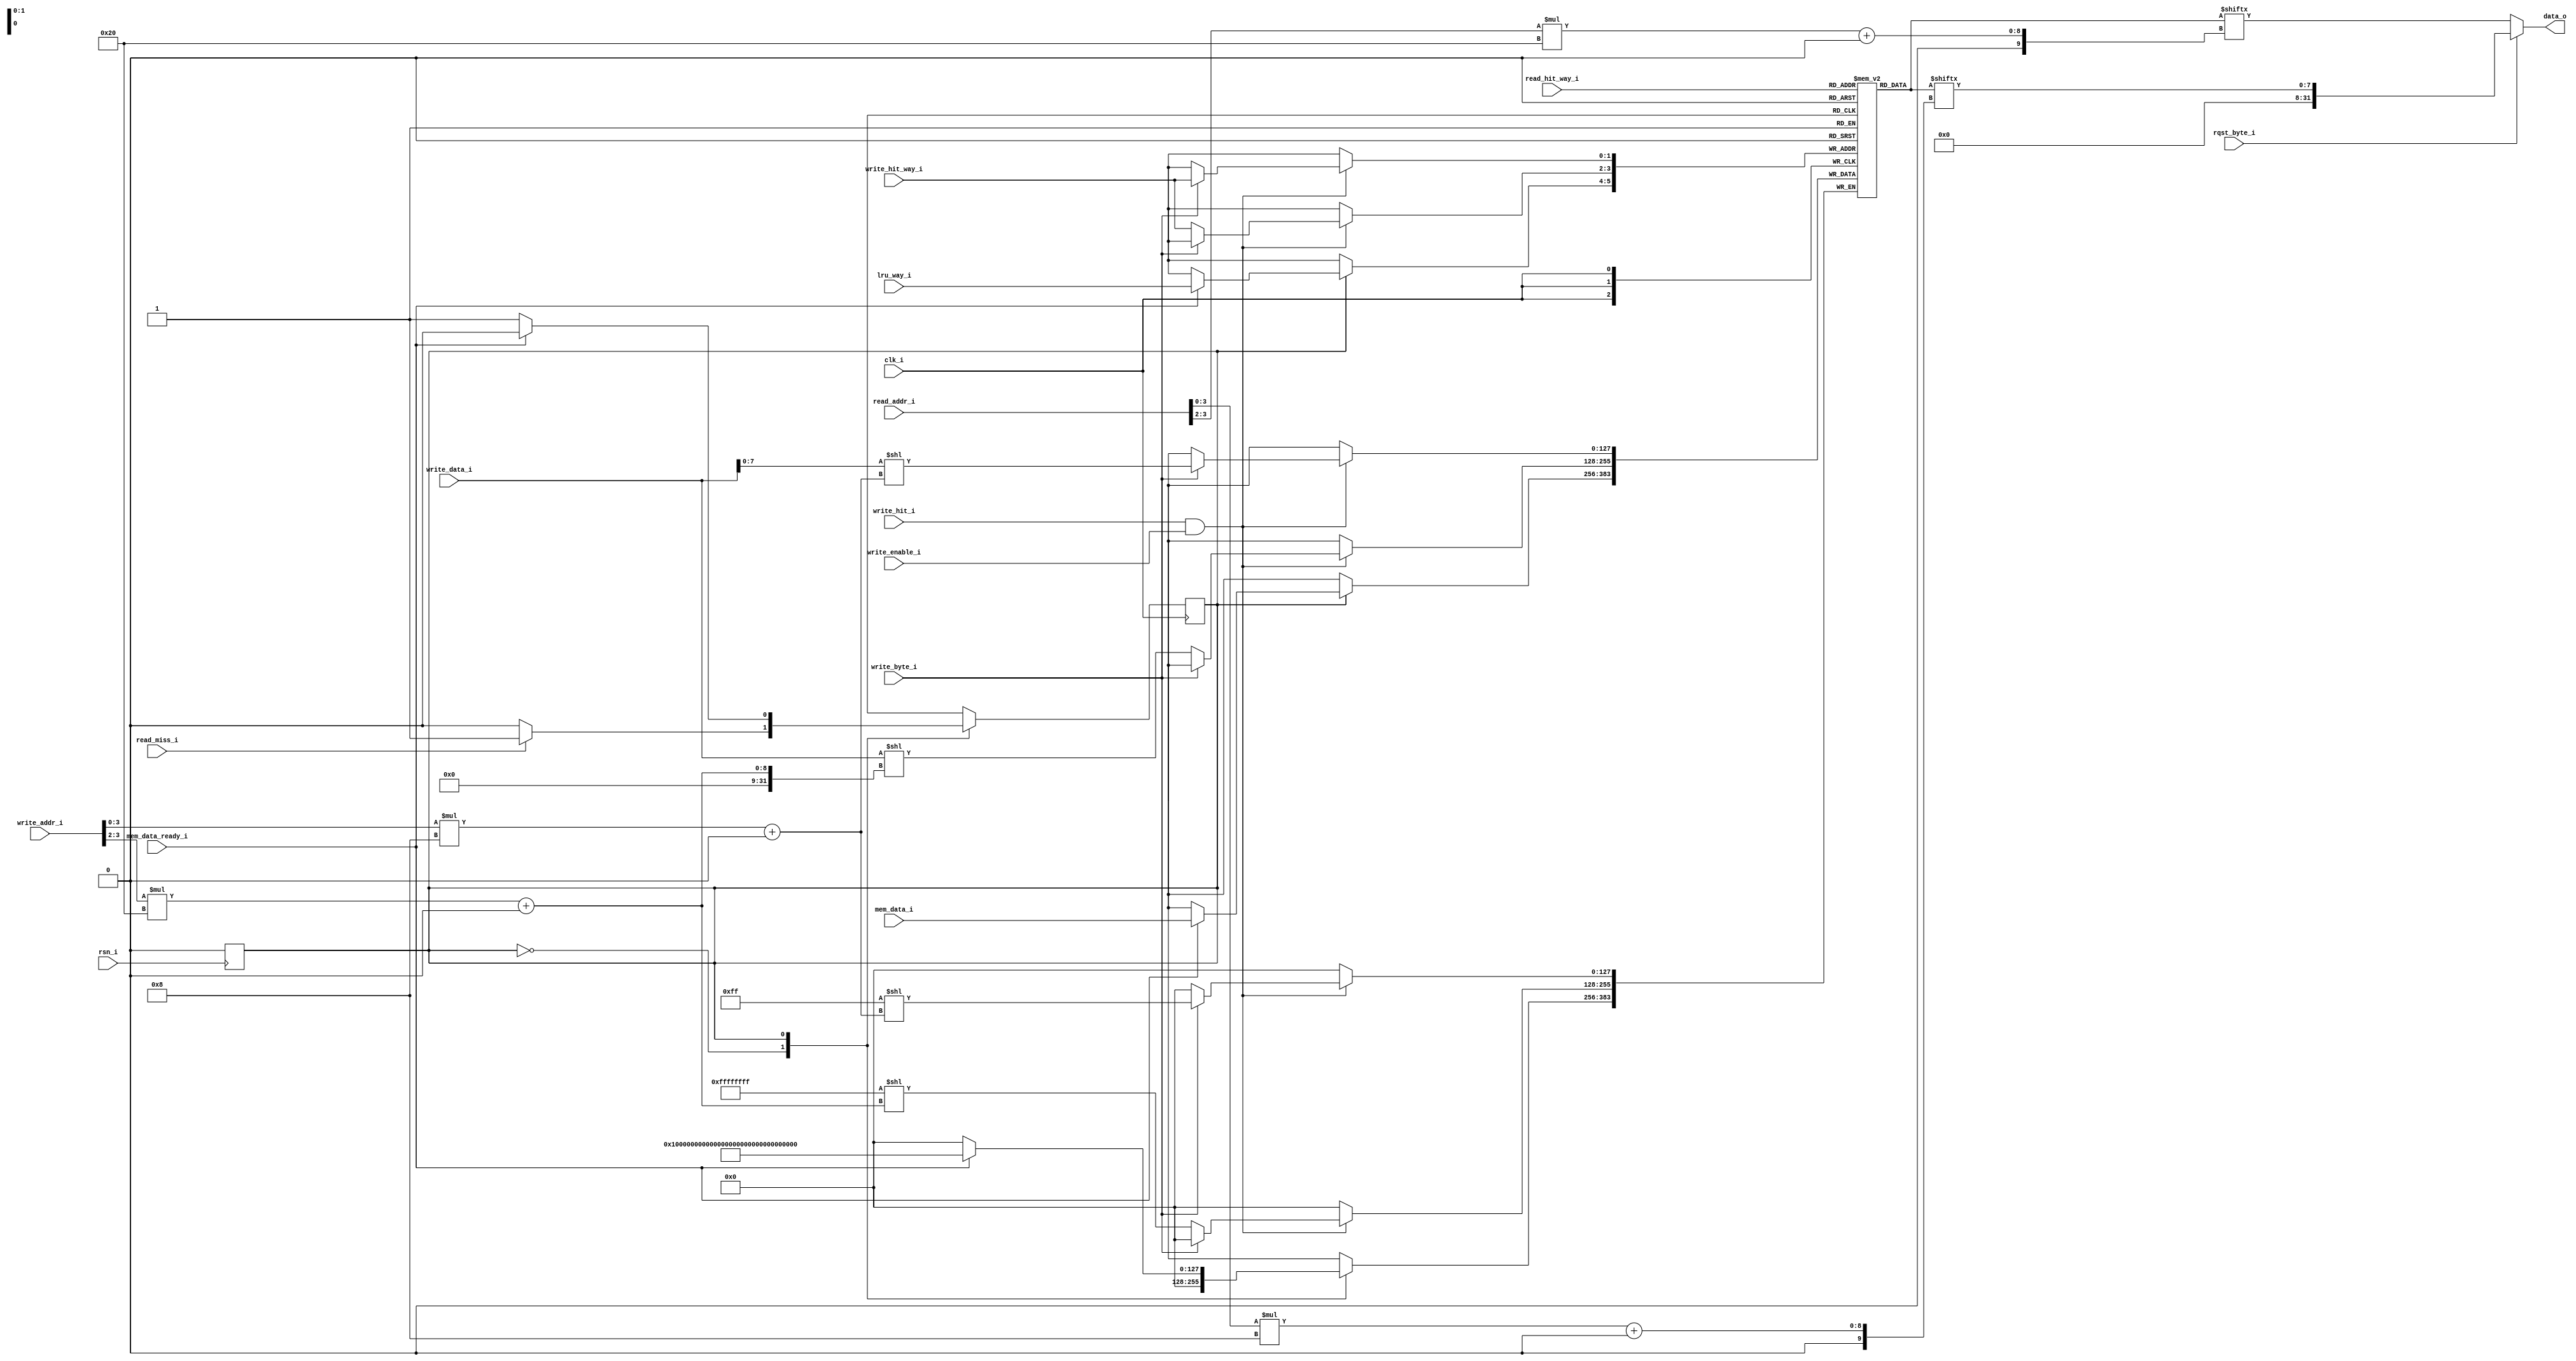
//cache

module cache(
    input       clk_i,
    input       rsn_i,
    input   [19:0]  read_addr_i,
    input       rqst_byte_i,
    input       write_enable_i,
    input   [31:0]  write_data_i,
    input   [19:0]  write_addr_i,
    input       write_byte_i,
    input       mem_data_ready_i,
    input   [127:0] mem_data_i,
    input   [1:0]   read_hit_way_i,
    input   [1:0]   write_hit_way_i,
    input   [1:0]   lru_way_i,
    input       write_hit_i,
    input       read_miss_i,

    output  [31:0]  data_o
);

reg state;
localparam IDLE_STATE = 0;
localparam WAIT_STATE = 1;

reg [127:0] data_array [3:0];

wire [127:0] cache_line;
wire [3:0] read_addr_byte;
wire [1:0] read_addr_word;

wire [3:0] write_addr_byte;
wire [1:0] write_addr_word;

assign read_addr_byte = read_addr_i[3:0];
assign read_addr_word = read_addr_i[3:2];

assign write_addr_byte = write_addr_i[3:0];
assign write_addr_word = write_addr_i[3:2];

integer i , j;

always @(posedge clk_i)
begin
    case (state)
        IDLE_STATE: begin
            if (read_miss_i) begin
                state = WAIT_STATE;
            end
        end
        WAIT_STATE: begin
            if(mem_data_ready_i) begin
                data_array[lru_way_i] = mem_data_i;
                state = IDLE_STATE;
            end
        end
    endcase
end
always @(negedge clk_i)
begin
    if(write_hit_i && write_enable_i) begin
        if (write_byte_i) begin
            data_array[write_hit_way_i][write_addr_byte*8 +: 8] = write_data_i[7:0];
        end else begin
            data_array[write_hit_way_i][write_addr_word*32 +: 32] = write_data_i;
        end
    end
end

assign cache_line = data_array[read_hit_way_i];
assign data_o = rqst_byte_i ? {24'b0, cache_line[read_addr_byte*8 +: 8]} :
                              cache_line[read_addr_word*32 +: 32];


always @(negedge rsn_i)
begin
    state = IDLE_STATE;
end
endmodule